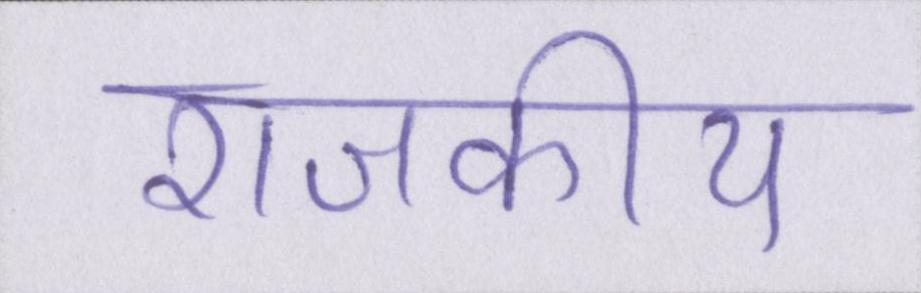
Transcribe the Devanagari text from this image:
राजकीय